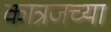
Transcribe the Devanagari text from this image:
कात्रजच्या